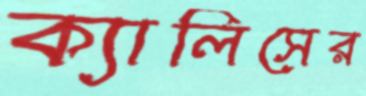
ক্যালিসের